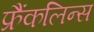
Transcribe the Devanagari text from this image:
फ्रैंकलिन्स